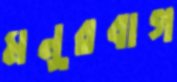
মনুরবাগ